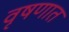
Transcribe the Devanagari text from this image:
वृषणात